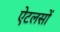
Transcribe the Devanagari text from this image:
ऐटलसों